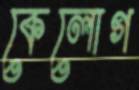
কেলোগ